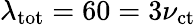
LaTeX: \lambda_{\mathrm{tot}}=60=3\nu_{\mathrm{ct}}